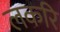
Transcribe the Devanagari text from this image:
लकरि